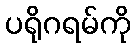
ပရိုဂရမ်ကို